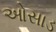
ઓસાડ